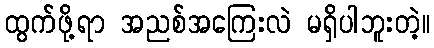
ထွက်ဖို့ရာ အညစ်အကြေးလဲ မရှိပါဘူးတဲ့။